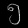
Digit: ၅